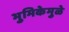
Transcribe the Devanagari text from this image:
भुमिकेमुळे